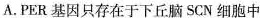
A.PER基因只存在于下丘脑SCN细胞中